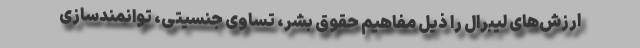
ارزش‌های لیبرال را ذیل مفاهیم حقوق بشر، تساوی جنسیتی، توانمندسازی